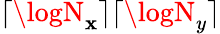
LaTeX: \lceil\logN_{\mathbf{x}}\rceil\lceil\logN_{y}\rceil